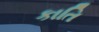
કાતિ